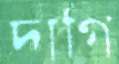
দাগি